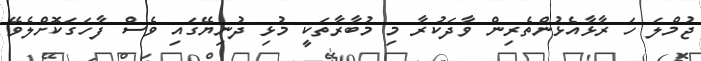
ޖުމްލަ ހަ ރާޅާއެޅުންތެރިން ވާދަކުރާ މި މުބާރާތަކީ މުޅި ދުނިޔޭގައި ވެސް ފާހަގަކޮށްލެވޭ